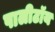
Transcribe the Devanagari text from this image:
पालीटॉय